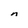
Character: n